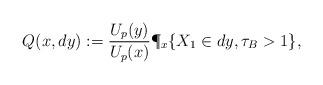
LaTeX: \begin{align*}Q(x,dy):=\frac{U_p(y)}{U_p(x)}\P_x\{X_1\in dy,\tau_B>1\},\end{align*}